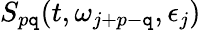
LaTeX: S_{p\mathtt{q}}(t,\omega_{j+p-\mathtt{q}},\epsilon_{j})